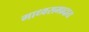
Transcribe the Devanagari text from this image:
माध्वसम्प्रदाय